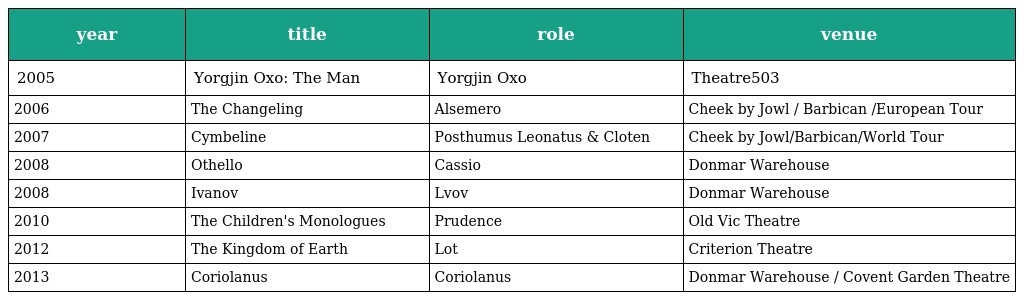
| year | title | role | venue |
 | --- | --- | --- | --- |
 | 2005 | Yorgjin Oxo: The Man | Yorgjin Oxo | Theatre503 |
 | 2006 | The Changeling | Alsemero | Cheek by Jowl / Barbican /European Tour |
 | 2007 | Cymbeline | Posthumus Leonatus & Cloten | Cheek by Jowl/Barbican/World Tour |
 | 2008 | Othello | Cassio | Donmar Warehouse |
 | 2008 | Ivanov | Lvov | Donmar Warehouse |
 | 2010 | The Children's Monologues | Prudence | Old Vic Theatre |
 | 2012 | The Kingdom of Earth | Lot | Criterion Theatre |
 | 2013 | Coriolanus | Coriolanus | Donmar Warehouse / Covent Garden Theatre |